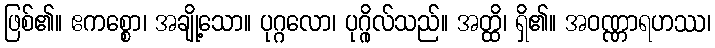
ဖြစ်၏။ ဧကစ္စော၊ အချို့သော။ ပုဂ္ဂလော၊ ပုဂ္ဂိုလ်သည်။ အတ္ထိ၊ ရှိ၏။ အဝဏ္ဏာရဟဿ၊